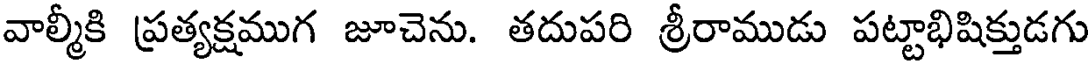
వాల్మీకి ప్రత్యక్షముగ జూచెను. తదుపరి శ్రీరాముడు పట్టాభిషిక్తుడగు